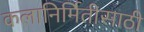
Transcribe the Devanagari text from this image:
कलानिर्मितीसाठी